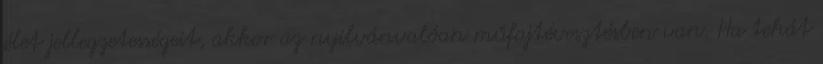
élet jellegzetességeit, akkor az nyilvánvalóan műfajtévesztésben van. Ha tehát